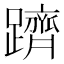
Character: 躋